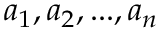
a _ { 1 } , a _ { 2 } , . . . , a _ { n }